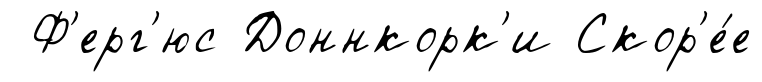
Ф'ерг'юс Доннкорк'и Скор'е́е